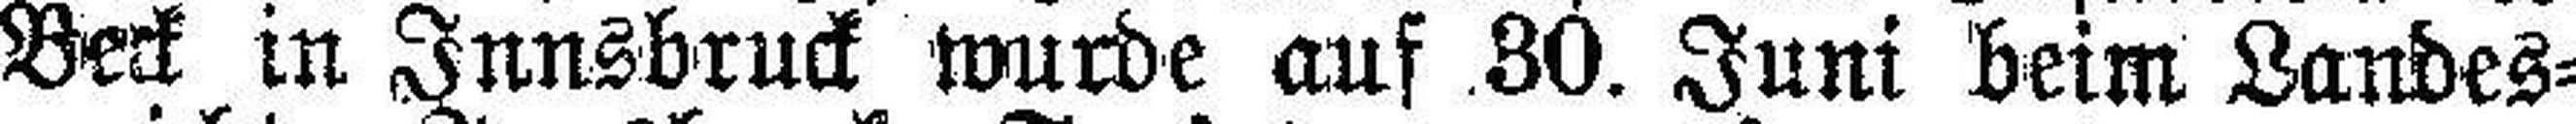
Beck in Innsbruck wurde auf 30. Juni beim Landes¬